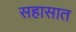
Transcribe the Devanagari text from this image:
सहासात